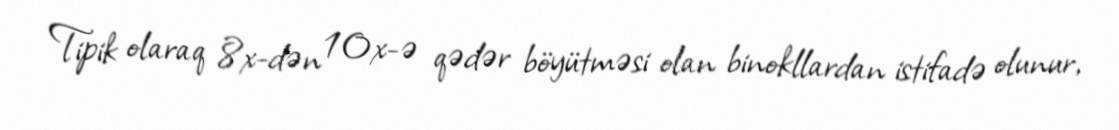
Tipik olaraq 8x-dən 10x-ə qədər böyütməsi olan binokllardan istifadə olunur,